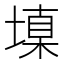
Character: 𰊝